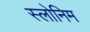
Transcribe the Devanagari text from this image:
स्लोनिम